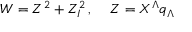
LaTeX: W = Z ^ { 2 } + Z _ { I } ^ { 2 } \, , \quad \, Z = X ^ { \Lambda } q _ { \Lambda }